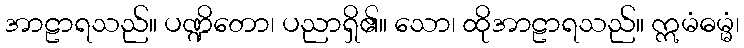
အာဠာရသည်။ ပဏ္ဍိတော၊ ပညာရှိ၏။ သော၊ ထိုအာဠာရသည်။ ဣမံဓမ္မံ၊